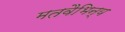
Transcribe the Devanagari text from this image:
मतवैभिन्य